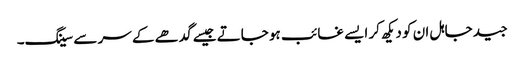
جید جاہل ان کو دیکھ کر ایسے غائب ہو جاتے جیسے گدھے کے سر سے سینگ۔